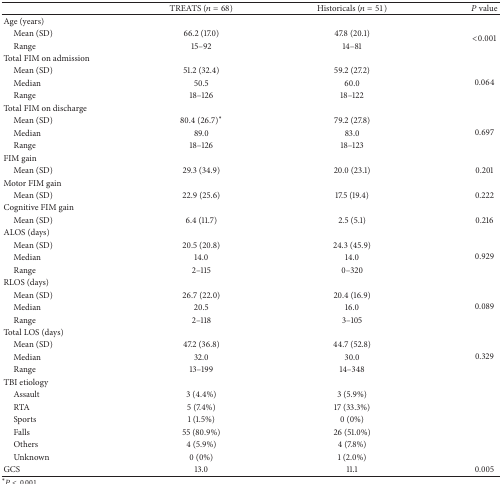
<table><thead><tr><td><b> </b></td><td><b>TREATS (<i>n</i> = 68)</b></td><td><b>Historicals (<i>n</i> = 51)</b></td><td><b><i>P</i> value</b></td></tr></thead><tbody><tr><td>Age (years)</td><td> </td><td> </td><td> </td></tr><tr><td> Mean (SD)</td><td>66.2 (17.0)</td><td>47.8 (20.1)</td><td rowspan="2">&lt;0.001</td></tr><tr><td> Range</td><td>15–92</td><td>14–81</td></tr><tr><td>Total FIM on admission</td><td> </td><td> </td><td> </td></tr><tr><td> Mean (SD)</td><td>51.2 (32.4)</td><td>59.2 (27.2)</td><td rowspan="3">0.064</td></tr><tr><td> Median</td><td>50.5</td><td>60.0</td></tr><tr><td> Range</td><td>18–126</td><td>18–122</td></tr><tr><td>Total FIM on discharge</td><td> </td><td> </td><td> </td></tr><tr><td> Mean (SD)</td><td>80.4 (26.7)*</td><td>79.2 (27.8)</td><td rowspan="3">0.697</td></tr><tr><td> Median</td><td>89.0</td><td>83.0</td></tr><tr><td> Range</td><td>18–126</td><td>18–123</td></tr><tr><td>FIM gain</td><td> </td><td> </td><td> </td></tr><tr><td> Mean (SD)</td><td>29.3 (34.9)</td><td>20.0 (23.1)</td><td>0.201</td></tr><tr><td>Motor FIM gain</td><td> </td><td> </td><td> </td></tr><tr><td> Mean (SD)</td><td>22.9 (25.6)</td><td>17.5 (19.4)</td><td>0.222</td></tr><tr><td>Cognitive FIM gain</td><td> </td><td> </td><td> </td></tr><tr><td> Mean (SD)</td><td>6.4 (11.7)</td><td>2.5 (5.1)</td><td>0.216</td></tr><tr><td>ALOS (days)</td><td> </td><td> </td><td> </td></tr><tr><td> Mean (SD)</td><td>20.5 (20.8)</td><td>24.3 (45.9)</td><td rowspan="3">0.929</td></tr><tr><td> Median</td><td>14.0</td><td>14.0</td></tr><tr><td> Range</td><td>2–115</td><td>0–320</td></tr><tr><td>RLOS (days)</td><td> </td><td> </td><td> </td></tr><tr><td> Mean (SD)</td><td>26.7 (22.0)</td><td>20.4 (16.9)</td><td rowspan="3">0.089</td></tr><tr><td> Median</td><td>20.5</td><td>16.0</td></tr><tr><td> Range</td><td>2–118</td><td>3–105</td></tr><tr><td>Total LOS (days)</td><td> </td><td> </td><td> </td></tr><tr><td> Mean (SD)</td><td>47.2 (36.8)</td><td>44.7 (52.8)</td><td rowspan="3">0.329</td></tr><tr><td> Median</td><td>32.0</td><td>30.0</td></tr><tr><td> Range</td><td>13–199</td><td>14–348</td></tr><tr><td>TBI etiology</td><td> </td><td> </td><td> </td></tr><tr><td> Assault</td><td>3 (4.4%)</td><td>3 (5.9%)</td><td> </td></tr><tr><td> RTA</td><td>5 (7.4%)</td><td>17 (33.3%)</td><td> </td></tr><tr><td> Sports</td><td>1 (1.5%)</td><td>0 (0%)</td><td> </td></tr><tr><td> Falls</td><td>55 (80.9%)</td><td>26 (51.0%)</td><td> </td></tr><tr><td> Others</td><td>4 (5.9%)</td><td>4 (7.8%)</td><td> </td></tr><tr><td> Unknown</td><td>0 (0%)</td><td>1 (2.0%)</td><td> </td></tr><tr><td>GCS</td><td>13.0</td><td>11.1</td><td>0.005</td></tr></tbody></table>